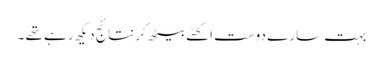
بہت سارے دوست اکھٹے بیٹھ کر نتائج دیکھ رہے تھے ۔